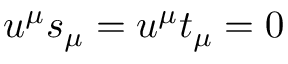
u ^ { \mu } s _ { \mu } = u ^ { \mu } t _ { \mu } = 0